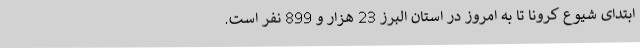
ابتدای شیوع کرونا تا به امروز در استان البرز 23 هزار و 899 نفر است.